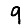
Digit: 9